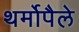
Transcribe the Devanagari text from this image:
थर्मोपैले